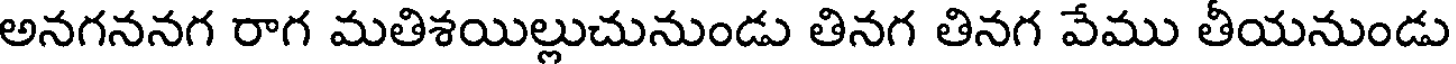
అనగననగ రాగ మతిశయిల్లుచునుండు తినగ తినగ వేము తీయనుండు